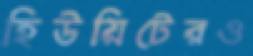
হিউয়িটেরও